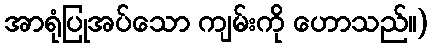
အာရုံပြုအပ်သော ကျမ်းကို ဟောသည်။)